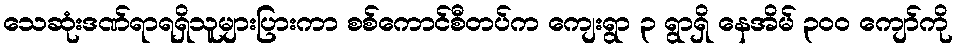
သေဆုံးဒဏ်ရာရရှိသူများပြားကာ စစ်ကောင်စီတပ်က ကျေးရွာ ၃ ရွာရှိ နေအိမ် ၃၀၀ ကျော်ကို